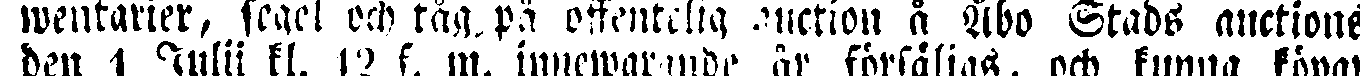
wentakter, segel och tåg på offentelig auction å Åbo Stads auctione